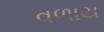
વળાય